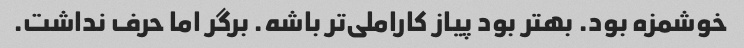
خوشمزه بود. بهتر بود پیاز کاراملی‌تر باشه. برگر اما حرف نداشت.